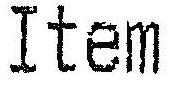
ITEM